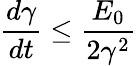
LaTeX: \frac{d\gamma}{dt}\leq\frac{E_{0}}{2\gamma^{2}}